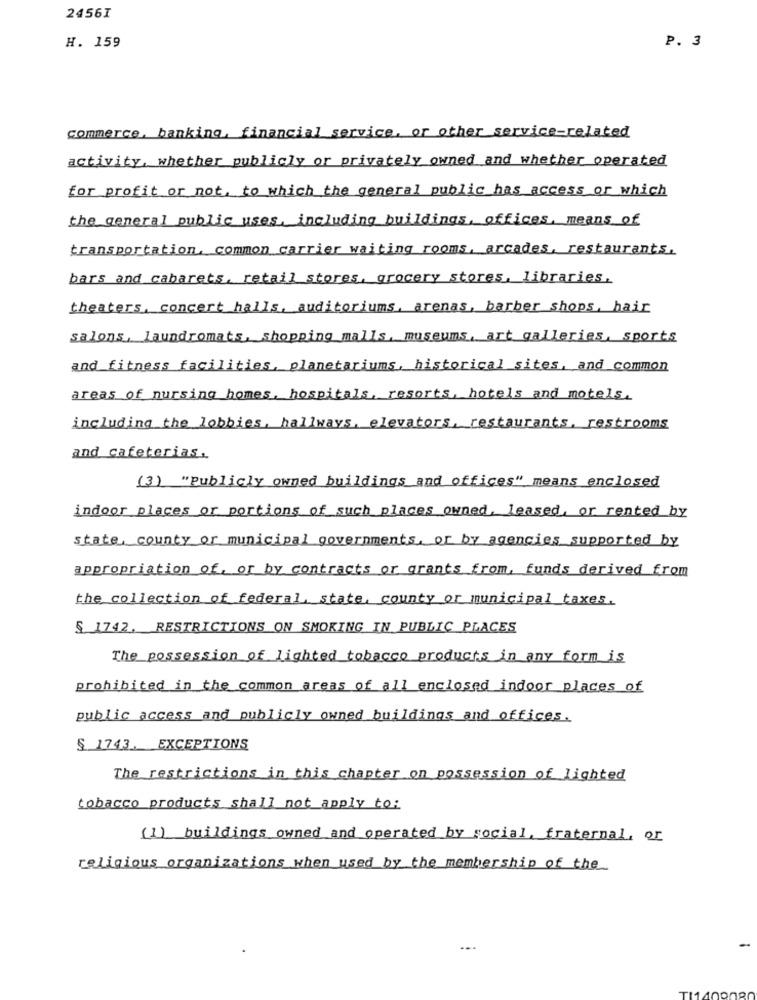
2456I
P. 3
H. 159
commerce, banking, financial service, or other service-related
activity, whether publicly or privately owned and whether operated
for profit or not. to which the general public has access or which
the general public uses, including buildings, offices, means of
transportation, common carrier waiting rooms, arcades, restaurants.
bars and cabarets, retail stores, grocery stores, libraries.
theaters, concert halls, auditoriums, arenas, barber shops, hair
salons, Laundromats, shopping malls, museums, art galleries, sports
and fitness facilities, planetariums, historical sites, and common
areas of nursing homes, hospitals, resorts, hotels and motels.
including the lobbies, hallways, elevators, restaurants, restrooms
and cafeterias.
(3) "Publicly owned buildings and offices" means enclosed
indoor places or portions of such places owned, leased, or rented by
state, county or municipal governments, or by agencies supported by
appropriation of, or by contracts or grants from, funds derived from
the collection of federal, state, county or municipal taxes.
S 1742. RESTRICTIONS ON SMOKING IN PUBLIC PLACES
The possession of lighted tobacco products in any form is
prohibited in the common areas of all enclosed indoor places of
public access and publicly owned buildings and offices.
$ 1743, EXCEPTIONS
The restrictions in this chapter on possession of lighted
tobacco products shall not apply to:
(1) buildings owned and operated by social, fraternal, or
religious organizations when used by the membership of the